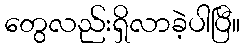
တွေလည်းရှိလာခဲ့ပါပြီ။